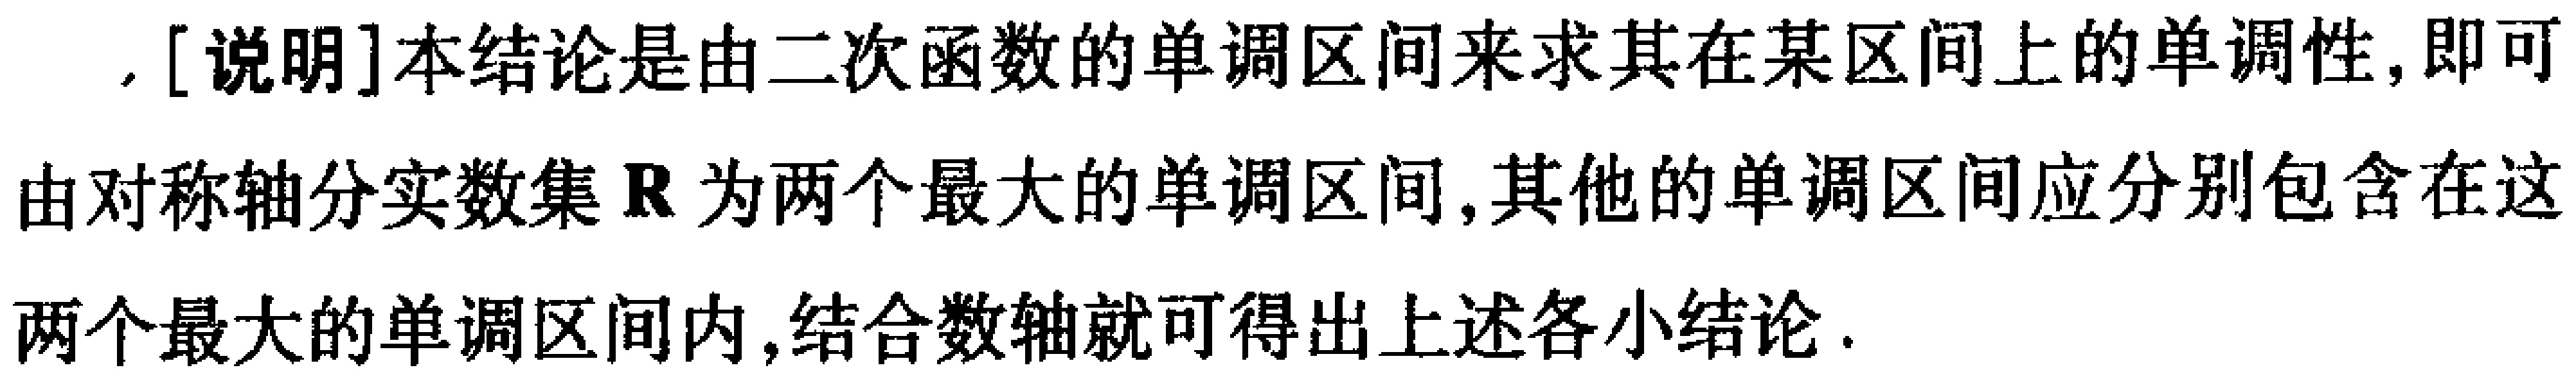
,[说明]本结论是由二次函数的单调区间来求其在某区间上的单调性,即可由对称轴分实数集\(\mathbb{R}\)为两个最大的单调区间,其他的单调区间应分别包含在这两个最大的单调区间内,结合数轴就可得出上述各小结论.